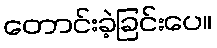
တောင်းခဲ့ခြင်းပေ။